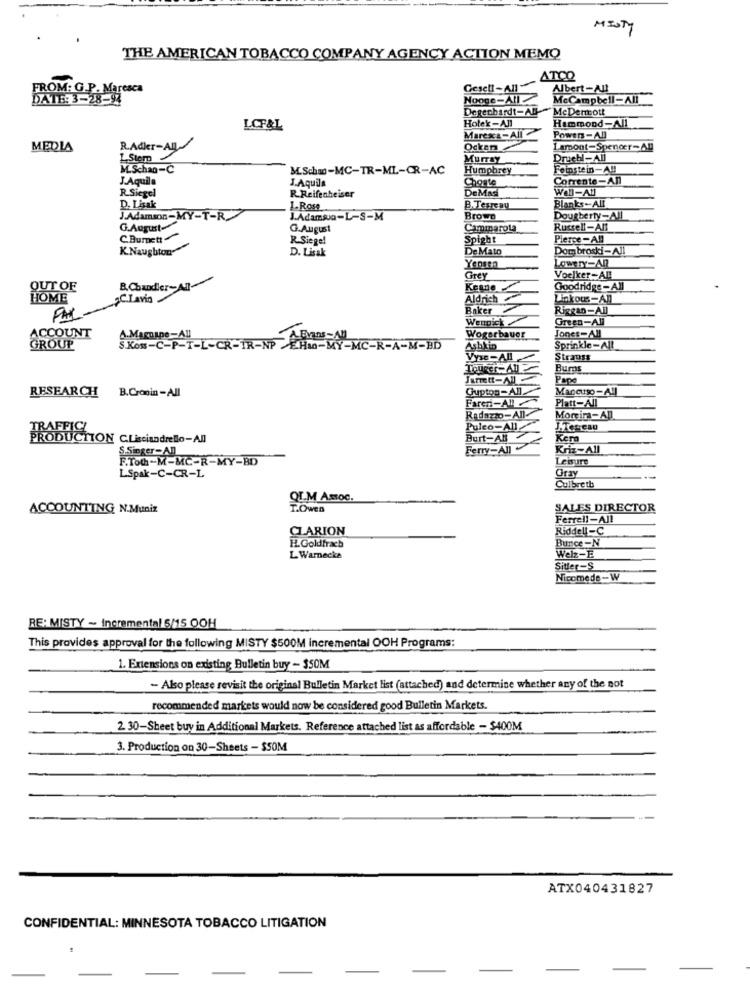
MISTY
THE AMERICAN TOBACCO COMPANY AGENCY ACTION MEMQ
ATCO
FROM: G.P. Maresca
Gesell-All"
Albert-All
DATE: 3-28-97
Nooge-All
McCampbell-All
Degenhardt-AU-MeDermott
Holek-All
LCF&L
Hammond-All
Marex&-All
Power-All
MEDIA
R.Adkr-AIL
Ocken
Lamont-Spencer-All
L. Stero
Murray
Drechl-All
M.Schan-C
M.Schan-MC-TR-ML-CR-AC
Humphrey
Feinstein-A !!
J.Aquila
J.Aquila
Corrente-Anl
R.Siegel
Choate
DeMASI
Wal-All
R.Reifenheiser
Blanks-All
D. Lisak
1.Rose
B.Testcay
J.Adamson-MY-T-R
J.Adamsa-L-S-M
Browo
Dougherty-All
G.August
G.August
Cammarota
Russell-All
C.Bumett
R Siegel
Spight
Pierce-All
K.Naughton
D. Lisak
De Mato
Dom broski-All
LowerY=Anl
Yensen
Grey
Voelker-All
OUT OF
B.Chandler-All-
Goodridge-All
HOME
C.Lavia
Aldrich
Linkous-All
Baker
Riggan-All
PAL
WenDick
Green-All
ACCOUNT
Woger bauer
Jones=All
GROUP
S . KOS - C - P -T - L - CR - TR - NP HO-
Ashkin
Vyse-All
Strauss
Bums
Pape
RESEARCH
B.Cronin -All
Gupton-All.
Mancuso-All
Fareri-A"
Platt-All
Radazzo-All-
Moreira-All
TRAFFIC!
Puleo-All
PRODUCTION CLisciandrello-All
Burt-Ab
Kera
S.Singer-AD
Ferry-All
Kriz-All
F.ToCh-M-MC-R-MY-BD
Leisure
LSpak-C-CR-L
Oray
Culbreth
QIM Amoc.
ACCOUNTING N.Muniz
T.Owen
SALES DIRECTOR
Ferrell-All
CLARION
Riddell-C
Bunce -N
H.Goldfrach
L Warnecke
Welz -E
Sitter-S
Nicomede -W
RE: MISTY ~ Incremental 5/15 OOH
This provides approval for the following MISTY $500M incremental OOH Programs:
1. Extensions on existing Bulletin buy - $50M
- Also please revisit the original Bulletin Market list (attached) and determine whether any of the not
recommended markets would now be considered good Bulletin Markets.
2. 30-Sheet buy in Additional Markets. Reference attached list as affordable - $400M
3. Production on 30-Sheets - $SOM
ATX040431827
CONFIDENTIAL: MINNESOTA TOBACCO LITIGATION